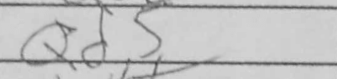
Transcription: Qd5